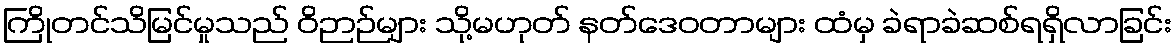
ကြိုတင်သိမြင်မှုသည် ဝိဉာဉ်များ သို့မဟုတ် နတ်ဒေဝတာများ ထံမှ ခဲရာခဲဆစ်ရရှိလာခြင်း